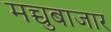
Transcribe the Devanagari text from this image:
मच्चुबाजार